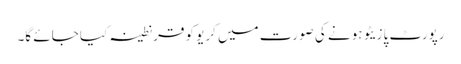
رپورٹ پازیٹو ہونے کی صورت میں کریو کو قرنطینہ کیا جائے گا۔